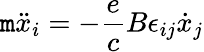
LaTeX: \mathtt{m}\ddot{{x}}_{i}=-\frac{{e}}{{c}}B\epsilon_{ij}\dot{{x}}_{j}